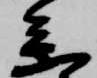
参